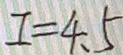
I = 4 . 5